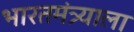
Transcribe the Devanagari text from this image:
भारतमंत्र्याला